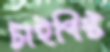
টাইপিস্ট